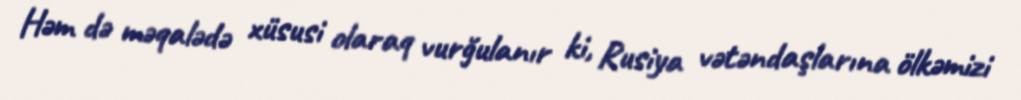
Həm də məqalədə xüsusi olaraq vurğulanır ki, Rusiya vətəndaşlarına ölkəmizi